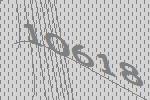
10618